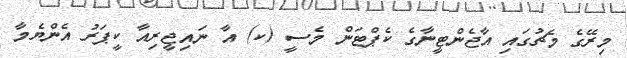
މިރޭގެ މެޗުގައި އާޖެންޓީނާގެ ކެޕްޓަން މެސީ (ކ) އާ ނައިޖީރިއާ ކީޕަރު އެންޔެމާ